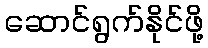
ဆောင်ရွက်နိုင်ဖို့